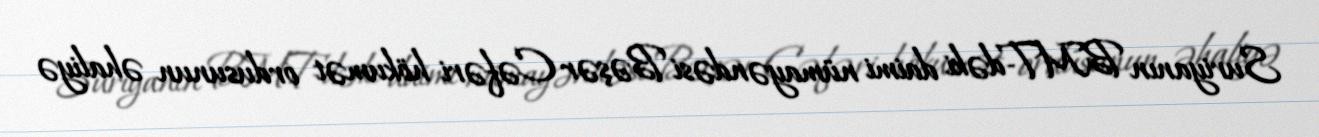
Suriyanın BMT-dəki daimi nümayəndəsi Bəşər Cəfəri hökumət ordusunun əhaliyə